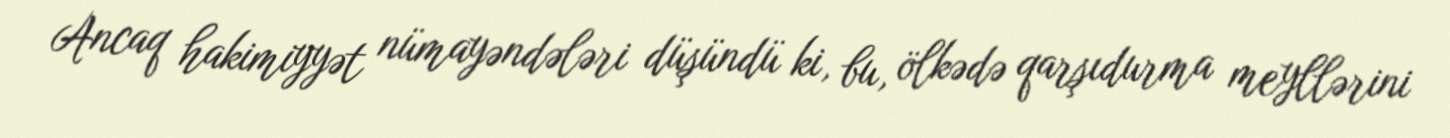
Ancaq hakimiyyət nümayəndələri düşündü ki, bu, ölkədə qarşıdurma meyllərini